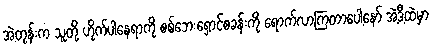
အဲ့တုန်းက သူတို့ ဟိုက်ပါနေရာကို စစ်ဘေးရှောင်စခန်းကို ရောက်လာကြတာပေါ့နော် အဲ့ဒီ့ထဲမှာ